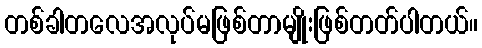
တစ်ခါတလေအလုပ်မဖြစ်တာမျိုးဖြစ်တတ်ပါတယ်။